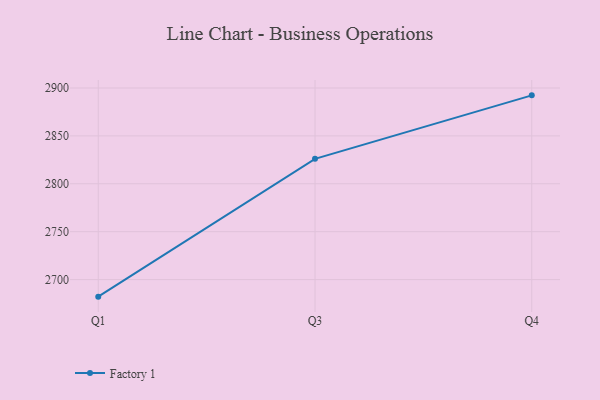
{"axis": {"x": "Quarter", "y": "Production Output"}, "legend": ["Factory 1"], "data": [{"x": "Q1", "y": 2682.2, "type": "Factory 1"}, {"x": "Q3", "y": 2826.0, "type": "Factory 1"}, {"x": "Q4", "y": 2892.3, "type": "Factory 1"}]}